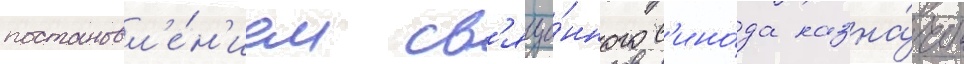
постановл'е́н'ием св'яще́нного с'ино́да назна́чен